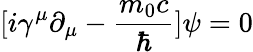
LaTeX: [i\gamma^{\mu}\partial_{\mu}-{\frac{m_{0}c}{\hbar}}]\psi=0